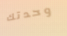
وحدتك